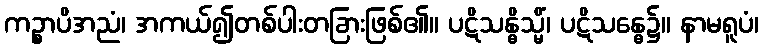
ကဉ္စာပိအညံ၊ အကယ်၍တစ်ပါးတခြားဖြစ်၏။ ပဋိသန္ဓိသ္မိံ၊ ပဋိသန္ဓေ၌။ နာမရူပံ၊